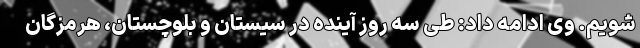
شویم. وی ادامه داد: طی سه روز آینده در سیستان و بلوچستان، هرمزگان